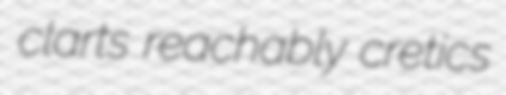
clarts reachably cretics